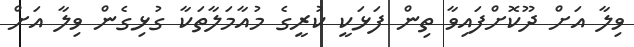
ވިލާ އަށް ދޫކޮށްފައިވާ ތިން ފަޅަކީ ކުރީގެ މުއާމަލާތަކާ ގުޅިގެން ވިލާ އަށް